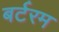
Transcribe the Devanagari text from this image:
बर्टरम